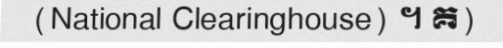
(National Clearinghouse) ។ គ)